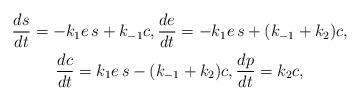
LaTeX: \begin{gather*}\frac{ds}{dt}= - k_1 e \, s + k_{-1} c , \frac{de}{dt}= - k_1 e\, s + (k_{-1} + k_2) c ,\\\frac{dc}{dt}= k_1 e\, s - (k_{-1} + k_2) c , \frac{dp}{dt}= k_2 c,\end{gather*}